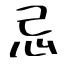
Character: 忌